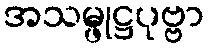
အသမ္ဖုဋ္ဌပုဗ္ဗာ